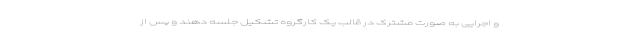
و اجرایی به صورت مشترک در قالب یک کارگروه تشکیل جلسه دهند و پس از